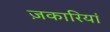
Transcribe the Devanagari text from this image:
ज़कारियां